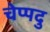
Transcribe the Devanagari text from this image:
चेप्पदु